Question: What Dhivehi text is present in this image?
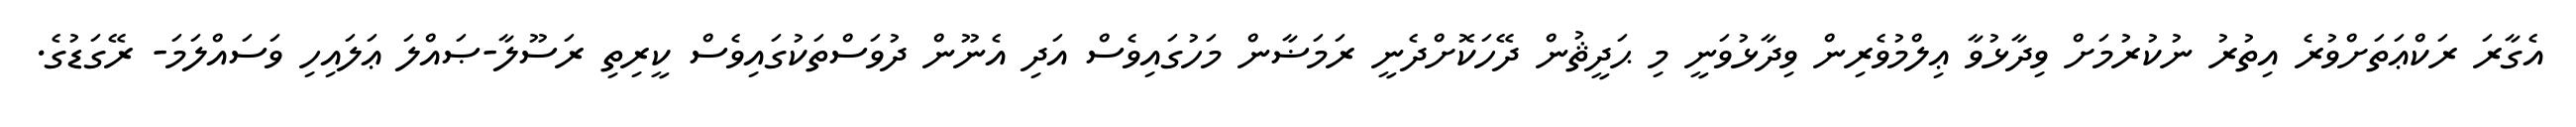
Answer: އެގާރަ ރަކްޢަތަށްވުރެ އިތުރު ނުކުރުމަށް ވިދާޅުވާ ޢިލްމުވެރިން ވިދާޅުވަނީ މި ޙަދީޘުން ދޭހަކޮށްދެނީ ރަމަޟާން މަހުގައިވެސް އަދި އެނޫން ދުވަސްތަކުގައިވެސް ކީރިތި ރަސޫލާ-ޞައްލަ ޢަލައިހި ވަސައްލަމަ- ރޭގަޑުގެ.